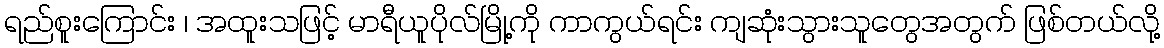
ရည်စူးကြောင်း ၊ အထူးသဖြင့် မာရီယူပိုလ်မြို့ကို ကာကွယ်ရင်း ကျဆုံးသွားသူတွေအတွက် ဖြစ်တယ်လို့